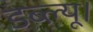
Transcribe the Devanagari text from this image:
डब्ल्यू।